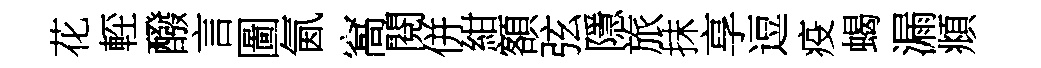
花䡖醱言圖氤窩閱併紺額弦隱旅抹享逗疫蝎漏頫